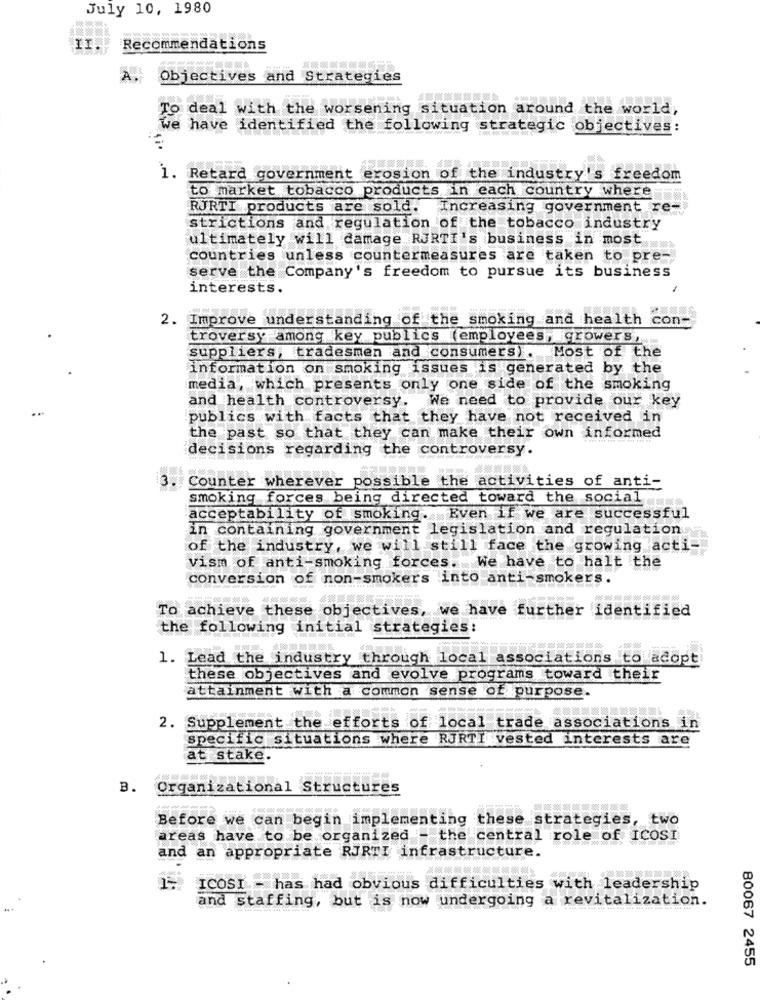
July 10, 1980
Recommendations
A
Objectives and Strategies
To
deal with the worsening situation around the world,
e have identified the following strategic objectives:
1. Retard government erosion of the industry's freedom
to market tobacco products in each country where
RJRTI products are sold.
Increasing government re-
strictions and regulation of the tobacco industry
ultimately will damage RURTI's business in most
countries unless countermeasures are taken to pre-
serve the Company's freedom to pursue its business
interests.
2. Improve understanding of the smoking and health con-
troversy among key publics (employees, growers.
suppliers, tradesmen and consumers). Most of the
information on smoking issues is generated by the
media, which presents only one side of the smoking
and health controversy. We need to provide our key
publics with facts that they have not received in
the past so that they can make their own informed
decisions regarding the controversy.
13
Counter wherever possible the activities of anti-
smoking forces being directed toward the social
acceptability of smoking. Even if we are successful
in containing government legislation and regulation
of the industry, we will still face the growing acti-
vism of anti-smoking forces. We have to halt the
conversion of non-smokers into anti-smokers.
To achieve these objectives, we have further identified
the following initial strategies:
1. Lead the industry through local associations to adopt
these objectives and evolve programs toward their
attainment with a common sense of purpose.
2. Supplement the efforts of local trade associations in
specific situations where RJRTI vested interests are
at stake.
B. Organizational Structures
Before we can begin implementing these strategies, two
areas have to be organized - the central role of ICOSI
and an appropriate RJRTI infrastructure.
ICOSI - has had obvious difficulties with leadership
and staffing, but is now undergoing atrevitalization.
80067 2455